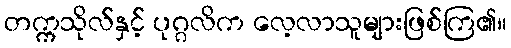
တက္ကသိုလ်နှင့် ပုဂ္ဂလိက လေ့လာသူများဖြစ်ကြ၏။